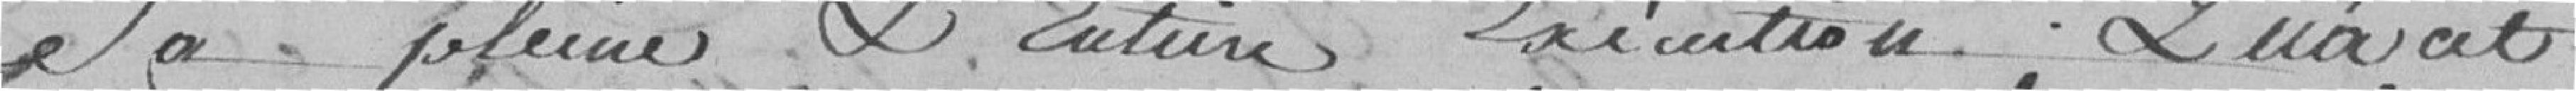
sa pleine et entière exécution. Qu'à cet